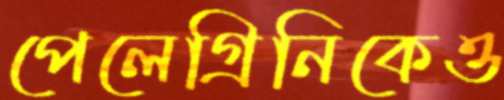
পেলেগ্রিনিকেও